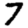
Digit: 7